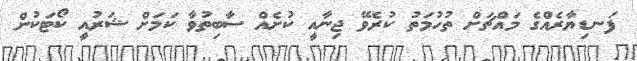
ފަނޑިޔާރެއްގެ މައްޗަށް ތުހުމަތު ކުރެވޭ ޖިނާއީ ކުށެއް ސާބިތުވާ ކަމަށް ޝަރުއީ ކޯޓަކުން